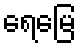
ရေမြေ